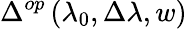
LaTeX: \Delta^{op}\left(\lambda_{0},\Delta\lambda,w\right)